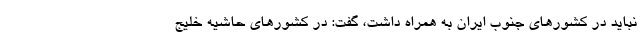
نباید در کشورهای جنوب ایران به همراه داشت، گفت: در کشورهای حاشیه خلیج